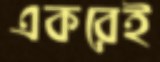
একরেই